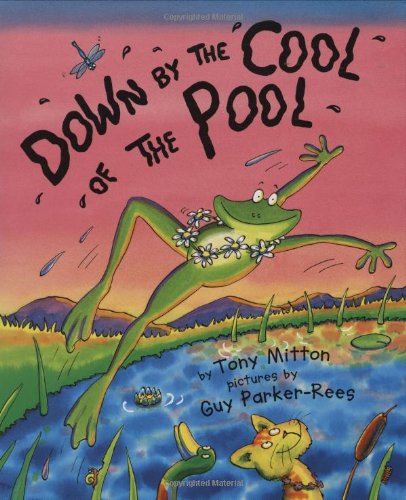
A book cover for Down by the Cool of the Pool; Tony Mitton; Children's Books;